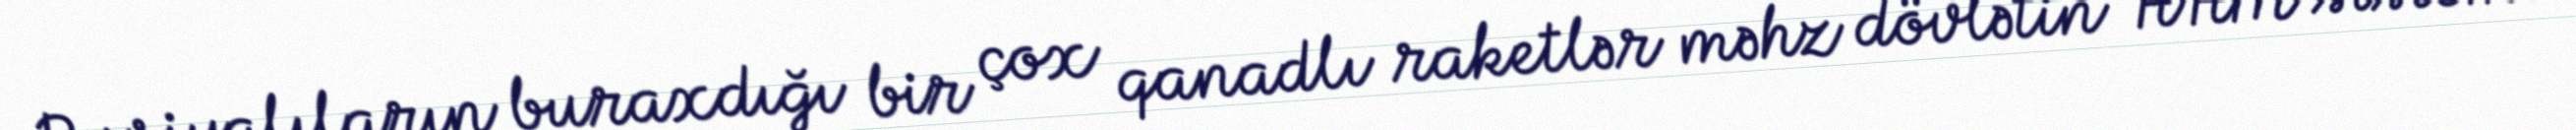
Rusiyalıların buraxdığı bir çox qanadlı raketlər məhz dövlətin HHM sistemi